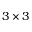
3 \times 3